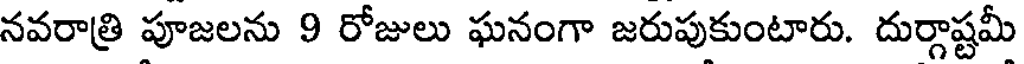
నవరాత్రి పూజలను 9 రోజులు ఘనంగా జరుపుకుంటారు. దుర్గాష్టమీ